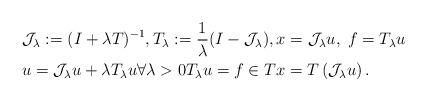
LaTeX: \begin{align*}& \mathcal{J}_{\lambda} := (I + \lambda T)^{-1}, T_{\lambda} := \frac{1}{\lambda} (I - \mathcal{J}_{\lambda}), x = \mathcal{J}_{\lambda} u, \; f = T_{\lambda} u \\& u = \mathcal{J}_{\lambda}u + \lambda T_{\lambda} u \forall \lambda > 0 T_{\lambda} u = f \in Tx = T \left ( \mathcal{J}_{\lambda}u \right ).\end{align*}